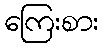
ကြေးစား